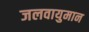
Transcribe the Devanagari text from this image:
जलवायुमान